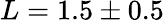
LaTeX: L=1.5\pm 0.5